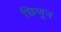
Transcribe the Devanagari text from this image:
छिणून